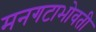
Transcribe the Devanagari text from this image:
मनगटाभोवती